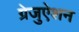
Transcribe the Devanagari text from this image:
ग्रेजुऐशन